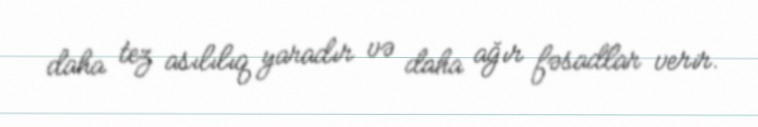
daha tez asılılıq yaradır və daha ağır fəsadlar verir.